Assam Mental Hospital (Tezpur, India) - 1933-1948
Year: 1933
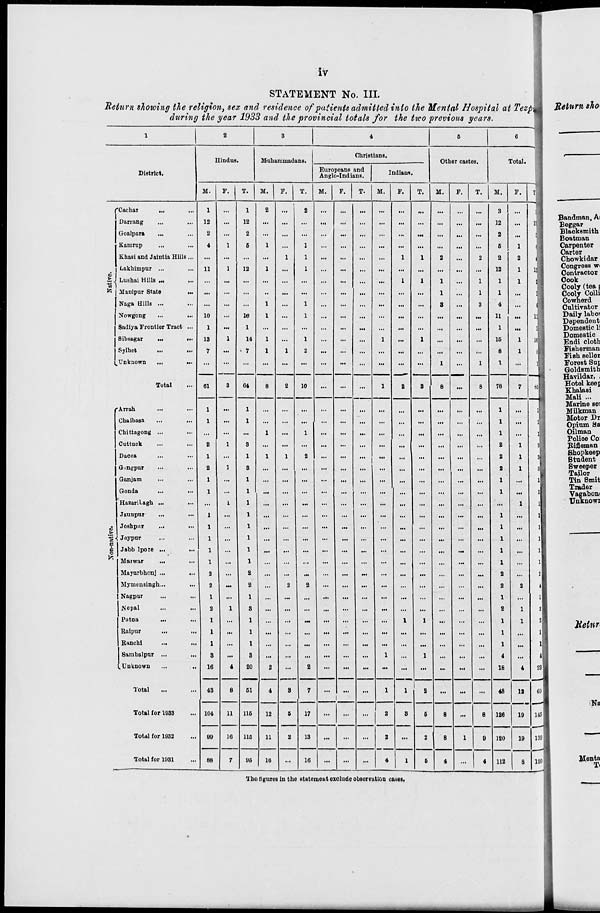
iv
STATEMENT No. III.
Return showing the religion, sex and residence of patients admitted into the Mental Hospital at Tezpur
during the year 1933 and the provincial totals for the two previous years.
1
District.
Native.
Cachar
... ...
Darrang ... ...
Goalpara
... ...
Kamrup ... ...
Khasi and Jaintia Hills ...
Lakhimpur ... ...
Lushai Hills ... ...
Manipur State ... ...
Naga Hills ... ...
Nowgong ... ...
Sadiya Frontier Tract ...
Sibsagar ... ...
Sylhet ... ...
Unknown
...
...
Total ...
Non-native.
Arrah
... ...
Chaibasa ... ...
Chittagong ... ...
Cuttuck ... ...
Dacca ... ...
Gangpur ... ...
Ganjam ... ...
Gonda
...
...
Hazaribagh ...
...
Jaunpur
... ...
Joshpur
...
...
Joypur ... ...
Jabbulpore ...
...
Marwar
... ...
Mayurbhenj ... ...
Mymensingh ... ...
Nagpur ... ...
Nepal ... ...
Patna ... ...
Raipur ... ...
Ranchi
...
...
Sambalpur ...
...
Unknown
...
...
Total ... ...
Total for 1933 ...
Total for 1932 ...
Total for 1931 ...
2
Hindus.
M.
1
12
2
4
...
11
...
...
...
10
1
13
7
...
61
1
1
...
2
1
2
1
1
...
1
1
1
1
1
2
2
1
2
1
1
1
3
16
43
104
99
88
F.
...
...
...
1
...
1
...
...
...
...
...
1
...
...
3
...
...
...
1
...
1
...
...
1
...
...
...
...
...
...
...
...
1
...
...
...
...
4
8
11
16
7
T.
1
12
2
5
...
12
...
...
...
10
1
14
7
...
64
1
1
...
3
1
3
1
1
1
1
1
1
1
1
2
2
1
3
1
1
1
3
20
51
115
115
95
3
Muhammadans.
M.
2
...
...
1
...
1
...
...
1
1
...
1
1
...
8
...
...
1
...
1
...
...
...
...
...
...
...
...
...
...
...
...
...
...
...
...
...
2
4
12
11
16
F.
...
...
...
...
1
...
...
...
...
...
...
...
1
...
2
...
...
...
...
1
...
...
...
...
...
...
...
...
...
...
2
...
...
...
...
...
...
...
3
5
2
...
T.
2
...
...
1
1
1
...
...
1
1
...
1
2
...
10
...
...
1
...
2
...
...
...
...
...
...
...
...
...
...
2
...
...
...
...
...
...
2
7
17
13
16
4
Christians.
Europeans and
Anglo-Indians.
M.
...
...
...
...
...
...
...
...
...
...
...
...
...
...
...
...
...
...
...
...
...
...
...
...
...
...
...
...
...
...
...
...
...
...
...
...
...
...
...
...
...
...
F.
...
...
...
...
...
...
...
...
...
...
...
...
...
...
...
...
...
...
...
...
...
...
...
...
...
...
...
...
...
...
...
...
...
...
...
...
...
...
...
...
...
...
T.
...
...
...
...
...
...
...
...
...
...
...
...
...
...
...
...
...
...
...
...
...
...
...
...
...
...
...
...
...
...
...
...
...
...
...
...
...
...
...
...
...
...
Indians.
M.
...
...
...
...
...
...
...
...
...
...
...
1
...
...
1
...
...
...
...
...
...
...
...
...
...
...
...
...
...
...
...
...
...
...
...
...
1
...
1
2
2
4
F.
...
...
...
...
1
...
1
...
...
...
...
...
...
...
2
...
...
...
...
...
...
...
...
...
...
...
...
...
...
...
...
...
...
1
...
...
...
...
1
3
...
1
T.
...
...
...
...
1
...
1
...
...
...
...
1
...
...
3
...
...
...
...
...
...
...
...
...
...
...
...
...
...
...
...
...
...
1
...
...
1
...
2
5
2
5
5
Other castes.
M.
...
...
...
...
2
...
1
1
3
...
...
...
...
1
8
...
...
...
...
...
...
...
...
...
...
...
...
...
...
...
...
...
...
...
...
...
...
...
...
8
8
4
F.
...
...
...
...
...
...
...
...
...
...
...
...
...
...
...
...
...
...
...
...
...
...
...
...
...
...
...
...
...
...
...
...
...
...
...
...
...
...
...
...
1
...
T.
...
...
...
...
2
...
1
1
3
...
...
...
...
1
8
...
...
...
...
...
...
...
...
...
...
...
...
...
...
...
...
...
...
...
...
...
...
...
...
8
9
4
6
Total.
M.
3
12
2
5
2
12
1
1
4
11
1
15
8
1
78
1
1
1
2
2
2
1
1
...
1
1
1
1
1
2
2
1
2
1
1
1
4
18
48
126
120
112
F.
...
...
...
1
2
1
1
...
...
...
...
1
1
...
7
...
...
...
1
1
1
...
...
1
...
...
...
...
...
...
2
...
1
1
...
...
...
4
12
19
19
8
T.
3
12
2
6
4
13
2
1
4
11
1
16
9
1
85
1
1
1
3
3
3
1
1
1
1
1
1
1
1
2
4
1
3
2
1
1
4
22
60
145
139
120
The figures in the statement exclude observation cases.